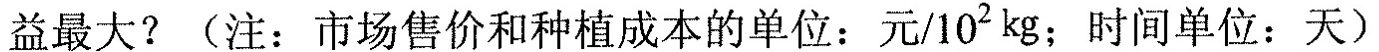
收益最大?(注：市场售价和种植成本的单位：元/10k^{2}g；时间单位：天)